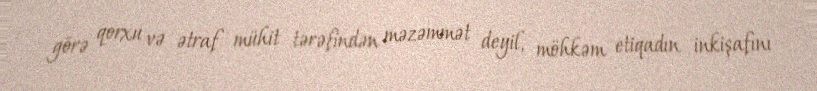
görə qorxu və ətraf mühit tərəfindən məzəmmət deyil, möhkəm etiqadın inkişafını